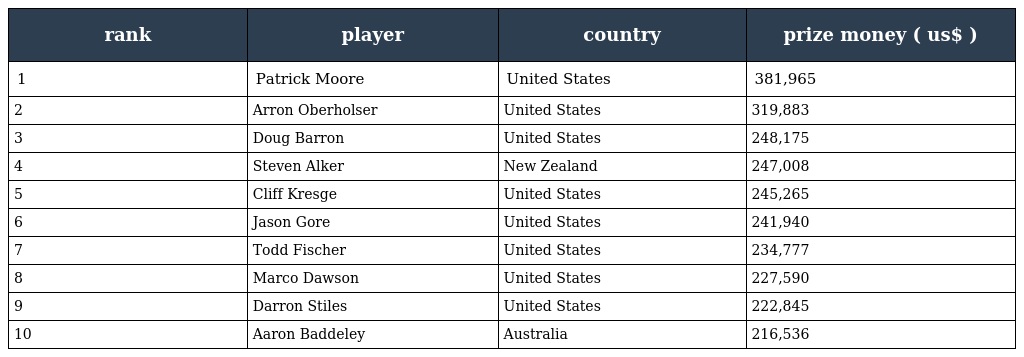
| rank | player | country | prize money ( us$ ) |
 | --- | --- | --- | --- |
 | 1 | Patrick Moore | United States | 381,965 |
 | 2 | Arron Oberholser | United States | 319,883 |
 | 3 | Doug Barron | United States | 248,175 |
 | 4 | Steven Alker | New Zealand | 247,008 |
 | 5 | Cliff Kresge | United States | 245,265 |
 | 6 | Jason Gore | United States | 241,940 |
 | 7 | Todd Fischer | United States | 234,777 |
 | 8 | Marco Dawson | United States | 227,590 |
 | 9 | Darron Stiles | United States | 222,845 |
 | 10 | Aaron Baddeley | Australia | 216,536 |